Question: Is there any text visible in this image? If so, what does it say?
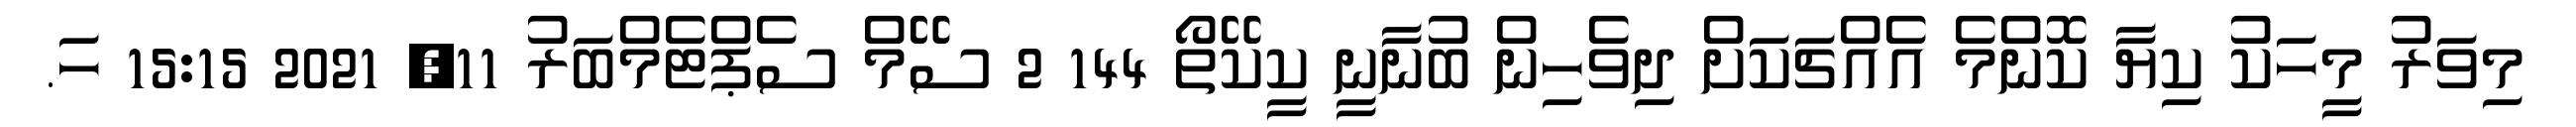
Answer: މިވަރު މީހަކު ކިޔާ ކޮންމެ އެއްޗަކަށް ދިވެހިން ބުނާނީ ކީކޭތޯ 144 2 ސޭމް ސެޕްޓެމްބަރު 11, 2021 15:15 ހަ.